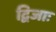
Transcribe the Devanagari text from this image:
द्विजाः